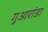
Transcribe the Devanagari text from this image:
गुआरांडा